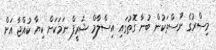
މިސްރުގެ ނޫސްތަކުން ބުނާ ގޮތުގައި އިސްލާމް ޝަރީފް ނަމަކަށް ކިޔާ ކުއްޖާ އަށް